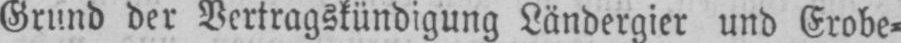
Grund der Vertragskündigung Ländergier und Erobe⸗